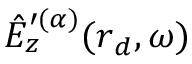
\hat { E } _ { z } ^ { \prime ( \alpha ) } ( \boldsymbol { r } _ { d } , \omega )